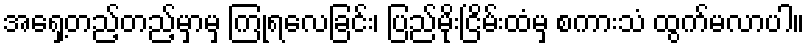
အရှေ့တည့်တည့်မှာမှ ကြုံရလေခြင်း၊ ပြည်မိုးငြိမ်းထံမှ စကားသံ ထွက်မလာပါ။